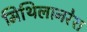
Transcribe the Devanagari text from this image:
मिथिलानरेश